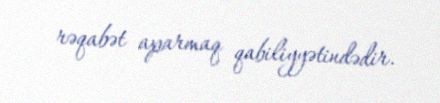
rəqabət aparmaq qabiliyyətindədir.